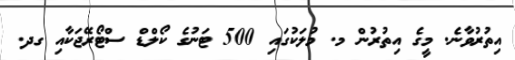
އިތުރުވާނެ. މީގެ އިތުރުން މ. މުލަކުގައި 500 ޓަނުގެ ކޯލްޑް ސްޓޯރޭޖަކާއި ގދ.